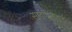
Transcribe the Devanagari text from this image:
साईप्रिनीडाई